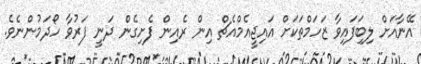
އޭނާާއަށް ލިބިަފައިވާ ޒަހަމްތަކަށް އައިޖީއެމްއެޗް އިން ރެއިން ފެށިގެން ދަނީ ފަރުވާ ހޯދަމުންނެވެ.